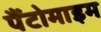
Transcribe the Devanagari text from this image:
पैंटोमाइम